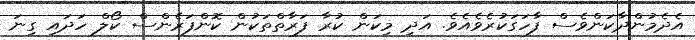
އެދެމުންދާކަންވެސް ފާހަގަކުރެވެއެވެ. އަދި މިކަން ކުރާ ފަރާތްތަކުން ކޮންފަރެންސް ކޯލް ހަދައި ގިނަ